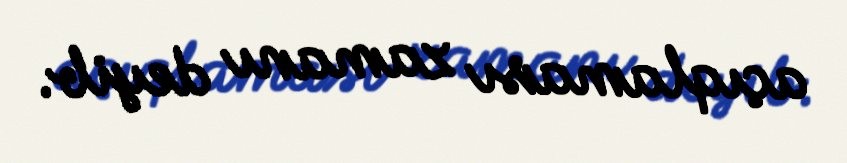
açıqlaması zamanı deyib.